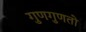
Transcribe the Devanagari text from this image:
गुणगुणतो